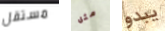
مستقل مثل يبدو